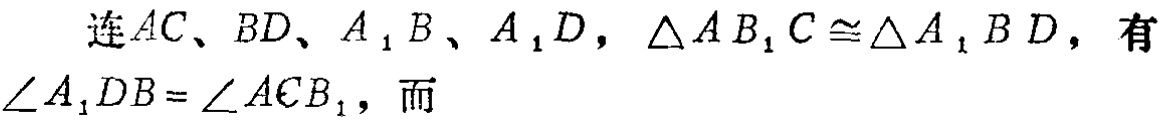
连$AC、BD、A_{1}B、A_{1}D$，$\triangle AB_{1}C\cong\triangle A_{1}BD$，有$\angle A_{1}DB = \angle ACB_{1}$，而